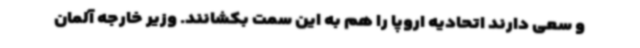
و سعی دارند اتحادیه اروپا را هم به این سمت بکشانند. وزیر خارجه آلمان